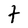
Character: t